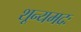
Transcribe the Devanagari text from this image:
शून्यमदः